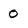
Character: 0